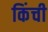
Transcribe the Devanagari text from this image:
किंची